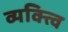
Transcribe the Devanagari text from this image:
व्यक्त्वि